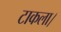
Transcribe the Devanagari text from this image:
टाकला।